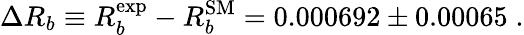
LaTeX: \Delta R_{b}\equiv R_{b}^{\mathrm{exp}}-R_{b}^{\mathrm{SM}}=0.000692\pm 0.00065\; .